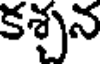
కశ్చన